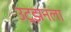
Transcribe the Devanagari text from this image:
उट्झनला